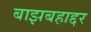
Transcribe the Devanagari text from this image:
बाझबहाद्दर